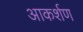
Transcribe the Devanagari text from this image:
आकर्शण